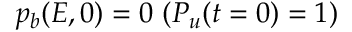
p _ { b } ( E , 0 ) = 0 \ ( P _ { u } ( t = 0 ) = 1 )